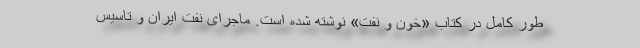
طور کامل در کتاب «خون و نفت» نوشته شده است. ماجرای نفت ایران و تاسیس